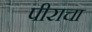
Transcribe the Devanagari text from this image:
पीराचा